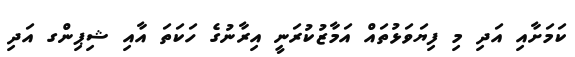
ކަމަށާއި އަދި މި ފިޔަވަޅުތައް އަމާޒުކުރަނީ އިރާނުގެ ހަކަތަ އާއި ޝިޕިންގ އަދި